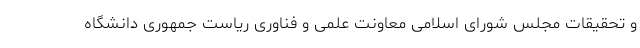
و تحقیقات مجلس شورای اسلامی معاونت علمی و فناوری ریاست جمهوری دانشگاه